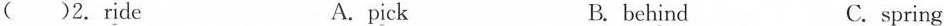
( )2. Ride A.pick B. behind C.spring